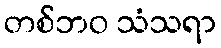
တစ်ဘဝ သံသရာ